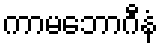
ကာမဘောဂီနံ